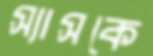
স্যাসকে